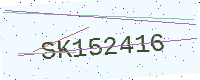
Text: SK152416